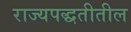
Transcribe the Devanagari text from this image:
राज्यपद्धतीतील